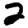
Digit: 2